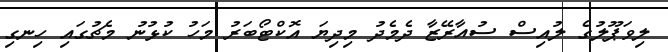
ލިވަޕޫލުގެ ލުއިސް ސުއާރޭޒާ ދެމެދު މިދިޔަ އޮކްޓޯބަރު މަހު ކުޅުނު މެޗުގައި ހިނގި